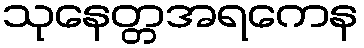
သုနေတ္တအရကေန